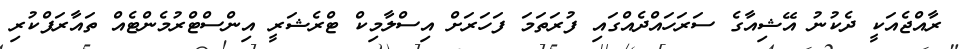
ރާއްޖެއަކީ ދެކުނު އޭޝިއާގެ ސަރަހައްދެއްގައި ފުރަތަމަ ފަހަރަށް އިސްލާމިކް ޓްރެޝަރީ އިންސްޓްރުމެންޓެއް ތައާރަފްކުރި